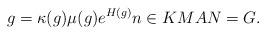
LaTeX: \begin{align*}g = \kappa (g)\mu(g) e^{H(g)}n \in KM A N = G. \end{align*}